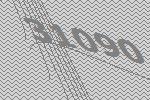
31090